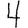
Digit: 4